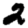
Digit: 2